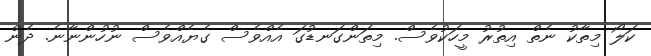
ކަލޯ މިތާކު ނެތް އިތުރު މީހަކުވެސް. މިތަންގަނޑުގަ އެއްވެސް ގެޔެއްވެސް ނުހުންނާނެ. ދެން